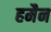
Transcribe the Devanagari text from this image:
हमैन